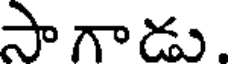
సాగాడు.